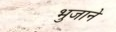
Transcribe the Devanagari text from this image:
भुजाने